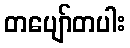
တပျော်တပါး